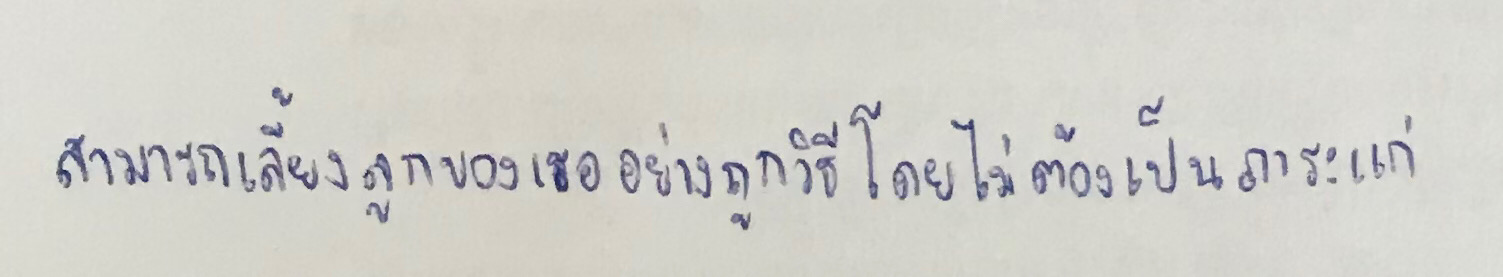
สามารถเลี้ยงลูกของเธออย่างถูกวิธีโดยไม่ต้องเป็นภาระแก่